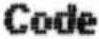
CODE